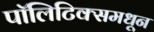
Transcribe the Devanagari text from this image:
पॉलिटिक्समधून